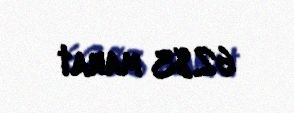
6283 manat